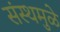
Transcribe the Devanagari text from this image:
संस्थमुळे